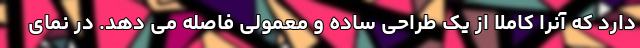
دارد که آنرا کاملا از یک طراحی ساده و معمولی فاصله می دهد. در نمای